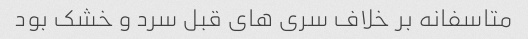
متاسفانه بر خلاف سرى هاى قبل سرد و خشک بود